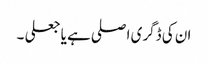
ان کی ڈگری اصلی ہے یا جعلی ۔